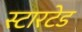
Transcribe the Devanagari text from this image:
स्टारटेड